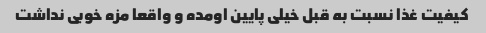
کیفیت غذا نسبت به قبل خیلی پایین اومده و واقعا مزه خوبی نداشت